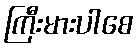
ကြီးမားပါစေ